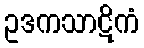
ဥဒကသာဋိကံ